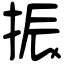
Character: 振